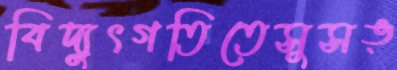
বিদ্যুৎগতিতেসুসঙ্